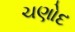
ચણોદ